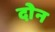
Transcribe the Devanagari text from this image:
दोेन